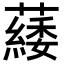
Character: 𦿿